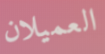
العميلان